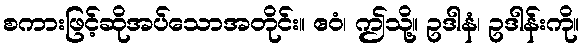
စကားဖြင့်ဆိုအပ်သောအတိုင်း။ ဧဝံ၊ ဤသို့။ ဥဒါနံ၊ ဥဒါန်းကို။